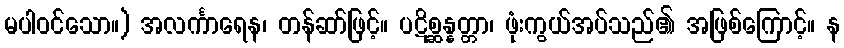
မပါဝင်သော။) အလင်္ကာရေန၊ တန်ဆာ်ဖြင့်။ ပဋိစ္ဆန္နတ္တာ၊ ဖုံးကွယ်အပ်သည်၏ အဖြစ်ကြောင့်။ န